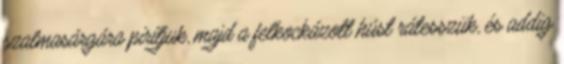
szalmasárgára pirítjuk, majd a felkockázott húst rátesszük, és addig